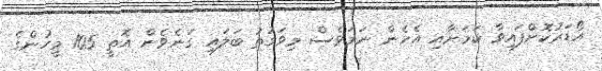
އޯޑަރުކޮށްފައިވާ ކަމަށާއި އެހެން ނަމަވެސް މިވަގުތު ބަލައި ގަނެވެން އޮތީ 105 މީހުންގެ